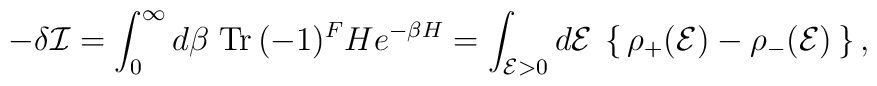
-\delta{\cal I}=\int_0^\infty d\beta \;{\rm Tr}\,(-1)^FH e^{-\beta H}=\int_{{\cal E}>0} d{\cal E}\:\left\{\,\rho_+({\cal E})-\rho_-({\cal E})\,\right\},